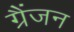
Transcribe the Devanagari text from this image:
ग्रैंजन